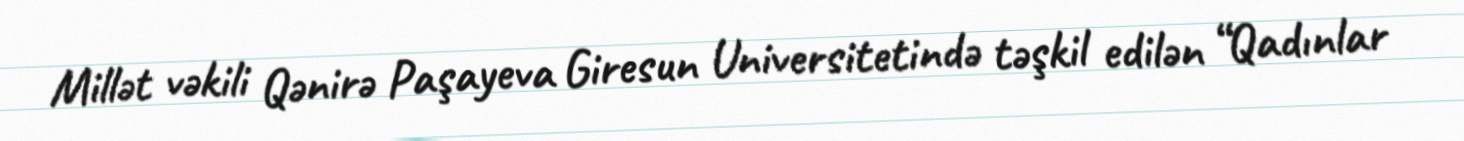
Millət vəkili Qənirə Paşayeva Giresun Universitetində təşkil edilən “Qadınlar